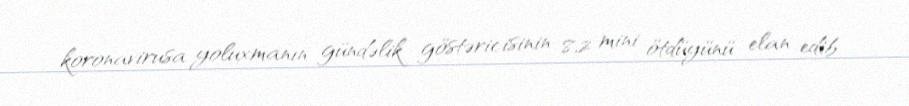
koronavirusa yoluxmanın gündəlik göstəricisinin 8,2 mini ötdüyünü elan edib.